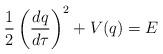
LaTeX: \begin{align*}\frac{1}{2} \left(\frac{dq}{d\tau}\right)^2 + V(q) = E\end{align*}